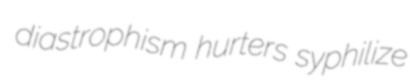
diastrophism hurters syphilize